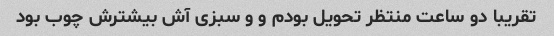
تقریبا دو ساعت منتظر تحویل بودم و و سبزی آش بیشترش چوب بود